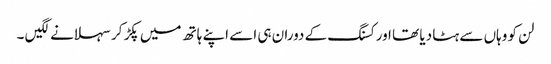
لن کو وہاں سے ہٹا دیا تھا اور کسنگ کے دوران ہی اسے اپنے ہاتھ میں پکڑ کر سہلانے لگیں ۔